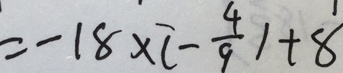
= - 1 8 \times ( - \frac { 4 } { 9 } ) + 8